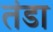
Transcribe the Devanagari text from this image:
तंडा